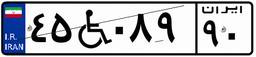
۵۷W۵۷۹۸۰